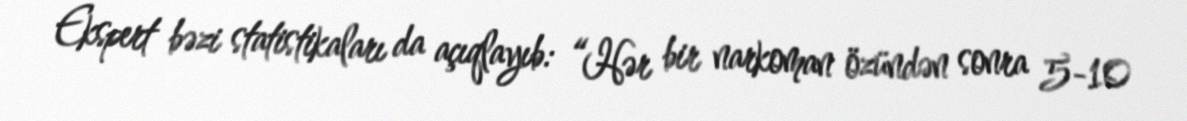
Ekspert bəzi statistikaları da açıqlayıb: “Hər bir narkoman özündən sonra 5-10